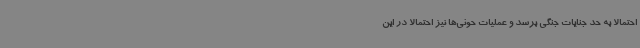
احتمالا به حد جنایات جنگی برسد و عملیات حوثی‌ها نیز احتمالا در این